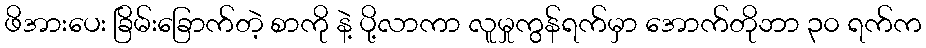
ဖိအားပေး ခြိမ်းခြောက်တဲ့ စာကို နဲ့ ပို့လာကာ လူမှုကွန်ရက်မှာ အောက်တိုဘာ ၃၀ ရက်က